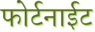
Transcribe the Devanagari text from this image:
फोर्टनाईट